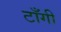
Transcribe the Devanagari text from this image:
टाँगी